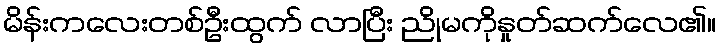
မိန်းကလေးတစ်ဦးထွက် လာပြီး ညိုမကိုနှုတ်ဆက်လေ၏။